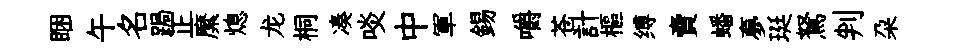
睏午名跼正縻熄龙桐凑啖中軍錫嚼苍計樞缚賣蟠夣珽駑判朶